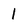
Character: 1